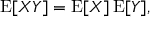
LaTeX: \operatorname { E } [ X Y ] = \operatorname { E } [ X ] \operatorname { E } [ Y ] ,